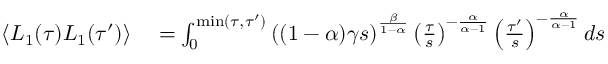
\begin{array} { r l } { \langle L _ { 1 } ( \tau ) L _ { 1 } ( \tau ^ { \prime } ) \rangle } & { { } = \int _ { 0 } ^ { \mathrm { m i n } ( \tau , \tau ^ { \prime } ) } \left( ( 1 - \alpha ) \gamma s \right) ^ { \frac { \beta } { 1 - \alpha } } \left( \frac { \tau } { s } \right) ^ { - \frac { \alpha } { \alpha - 1 } } \left( \frac { \tau ^ { \prime } } { s } \right) ^ { - \frac { \alpha } { \alpha - 1 } } d s } \end{array}